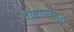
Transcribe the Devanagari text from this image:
तासापासून